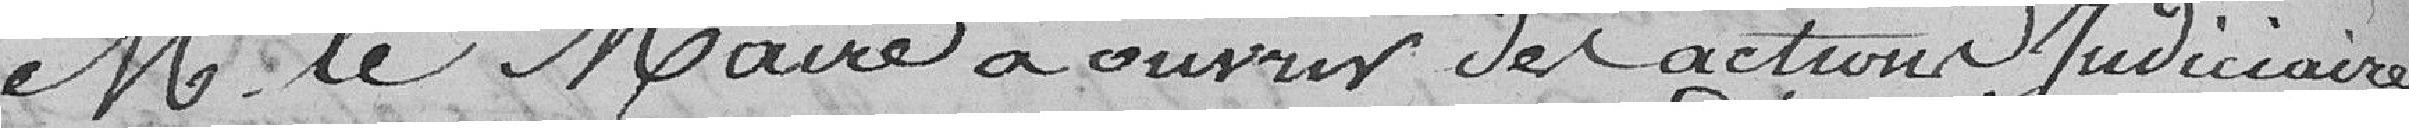
Monsieur le maire à ouvrir des actions judiciaires